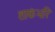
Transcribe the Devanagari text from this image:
शाकंभरि